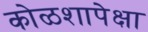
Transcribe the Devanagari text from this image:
कोळशापेक्षा